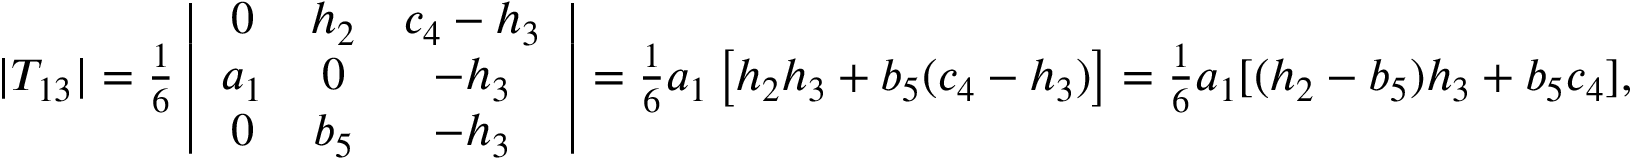
\begin{array} { r } { | T _ { 1 3 } | = \frac 1 6 \left| \begin{array} { c c c } { 0 } & { h _ { 2 } } & { c _ { 4 } - h _ { 3 } } \\ { a _ { 1 } } & { 0 } & { - h _ { 3 } } \\ { 0 } & { b _ { 5 } } & { - h _ { 3 } } \end{array} \right| = \frac 1 6 a _ { 1 } \left[ h _ { 2 } h _ { 3 } + b _ { 5 } ( c _ { 4 } - h _ { 3 } ) \right] = \frac 1 6 a _ { 1 } [ ( h _ { 2 } - b _ { 5 } ) h _ { 3 } + b _ { 5 } c _ { 4 } ] , } \end{array}